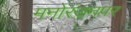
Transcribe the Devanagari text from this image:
मनोरंजनपर